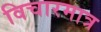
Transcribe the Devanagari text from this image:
विचारमात्र